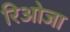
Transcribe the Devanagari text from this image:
रिओजा